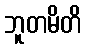
ဘူတမိတိ